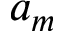
a _ { m }